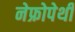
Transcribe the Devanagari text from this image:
नेफ्रोपेथी